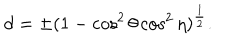
LaTeX: d = \pm ( 1 - \cos ^ { 2 } { \theta } \cos ^ { 2 } { \eta } ) ^ { \frac { 1 } { 2 } } .